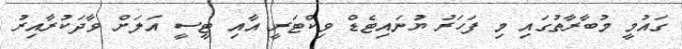
ގައުމީ މުބާރާތުގައި މި ފަހަރު ޔުނައިޓެޑް ވިކްޓަރީ އާއި ޓީސީ އަލަށް ވާދަކުރާއިރު